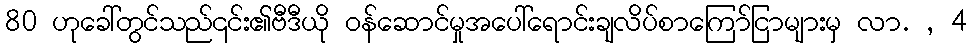
80 ဟုခေါ်တွင်သည်၎င်း၏ဗီဒီယို ဝန်ဆောင်မှုအပေါ်ရောင်းချလိပ်စာကြော်ငြာများမှ လာ. , 4